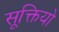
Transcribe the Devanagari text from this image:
सूक्तियो